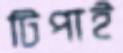
টিপাই